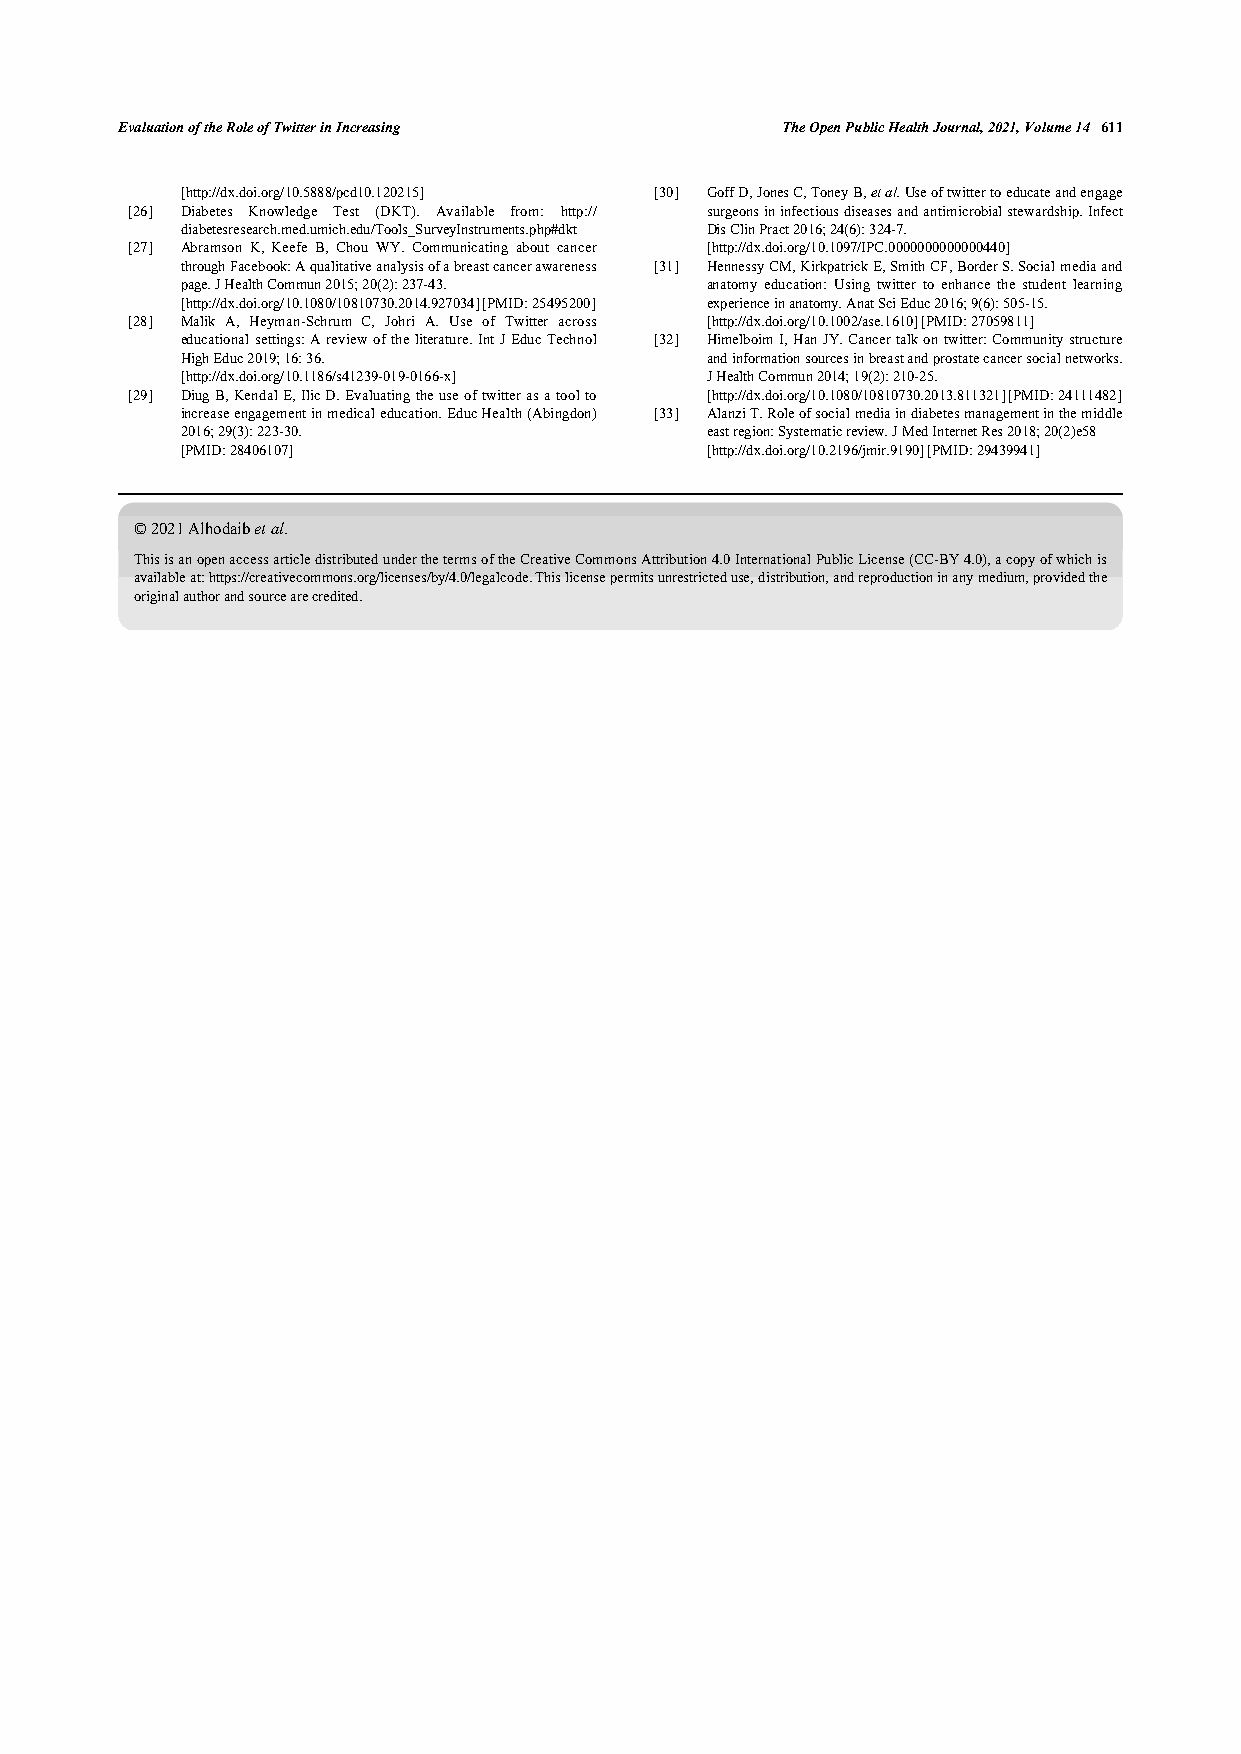
Evaluation of the Role of Twitter in Increasing The Open Public Health Journal, 2021, Volume 14 611
 [http://dx.doi.org/10.5888/pcd10.120215] [30] Goff D, Jones C, Toney B, et al. Use of twitter to educate and engage
 [26] Diabetes Knowledge Test (DKT). Available from: http:// surgeons in infectious diseases and antimicrobial stewardship. Infect
 diabetesresearch.med.umich.edu/Tools_SurveyInstruments.php#dkt Dis Clin Pract 2016; 24(6): 324-7.
 [27] Abramson K, Keefe B, Chou WY. Communicating about cancer [http://dx.doi.org/10.1097/IPC.0000000000000440]
 through Facebook: A qualitative analysis of a breast cancer awareness [31] Hennessy CM, Kirkpatrick E, Smith CF, Border S. Social media and
 page. J Health Commun 2015; 20(2): 237-43. anatomy education: Using twitter to enhance the student learning
 [http://dx.doi.org/10.1080/10810730.2014.927034] [PMID: 25495200] experience in anatomy. Anat Sci Educ 2016; 9(6): 505-15.
 [28] Malik A, Heyman-Schrum C, Johri A. Use of Twitter across [http://dx.doi.org/10.1002/ase.1610] [PMID: 27059811]
 educational settings: A review of the literature. Int J Educ Technol [32] Himelboim I, Han JY. Cancer talk on twitter: Community structure
 High Educ 2019; 16: 36.            and information sources in breast and prostate cancer social networks.
 [http://dx.doi.org/10.1186/s41239-019-0166-x] J Health Commun 2014; 19(2): 210-25.
 [29] Diug B, Kendal E, Ilic D. Evaluating the use of twitter as a tool to [http://dx.doi.org/10.1080/10810730.2013.811321] [PMID: 24111482]
 increase engagement in medical education. Educ Health (Abingdon) [33] Alanzi T. Role of social media in diabetes management in the middle
 2016; 29(3): 223-30.               east region: Systematic review. J Med Internet Res 2018; 20(2)e58
 [PMID: 28406107]                   [http://dx.doi.org/10.2196/jmir.9190] [PMID: 29439941]
 © 2021 Alhodaib et al.
 This is an open access article distributed under the terms of the Creative Commons Attribution 4.0 International Public License (CC-BY 4.0), a copy of which is
 available at: https://creativecommons.org/licenses/by/4.0/legalcode. This license permits unrestricted use, distribution, and reproduction in any medium, provided the
 original author and source are credited.